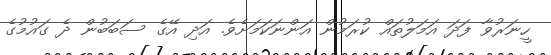
ހީނަރުވާ ފަދަ އަމަލުތައް ކުރަމުން އަންނަކަމަށެވެ. އަދި އޭގެ ސަބަބުން ދެ ގައުމުގެ